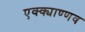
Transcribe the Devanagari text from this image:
एक्क्याण्णव